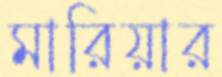
মারিয়ার